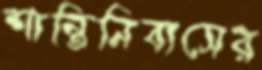
শান্তিনিবাসের